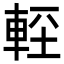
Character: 䡖